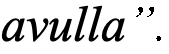
avulla”.